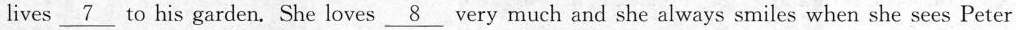
lives \underline{7} to his garden. She loves \underline{8} very much and she always smiles when she sees Peter